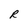
Character: R